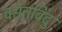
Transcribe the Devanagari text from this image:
वसंतबिंदु